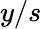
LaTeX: y/s